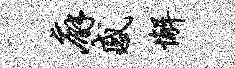
廨感懈